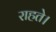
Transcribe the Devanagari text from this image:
राहते।